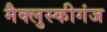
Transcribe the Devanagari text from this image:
मैक्लुस्कीगंज